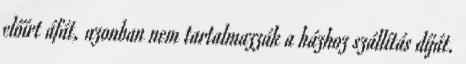
előírt áfát, azonban nem tartalmazzák a házhoz szállítás díját.